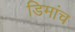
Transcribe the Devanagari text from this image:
डिमांच